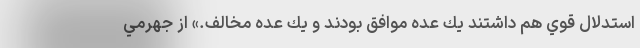
استدلال قوي هم داشتند يك عده موافق بودند و يك عده مخالف.» از جهرمي